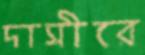
দাসীরে